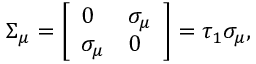
\begin{array} { r } { \Sigma _ { \mu } = \left[ \begin{array} { l l } { 0 } & { \sigma _ { \mu } } \\ { \sigma _ { \mu } } & { 0 } \end{array} \right] = \tau _ { 1 } \sigma _ { \mu } , } \end{array}